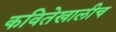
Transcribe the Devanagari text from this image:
कवितेखालीच